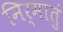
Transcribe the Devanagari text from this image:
निर्मातुं